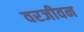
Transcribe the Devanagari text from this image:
वरजीवन